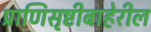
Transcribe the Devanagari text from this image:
प्राणिसृष्टीबाहेरील